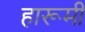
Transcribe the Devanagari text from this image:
हारूमी